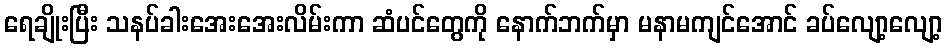
ရေချိုးပြီး သနပ်ခါးအေးအေးလိမ်းကာ ဆံပင်တွေကို နောက်ဘက်မှာ မနာမကျင်အောင် ခပ်လျော့လျော့